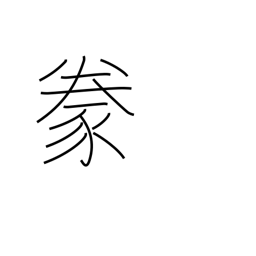
Meaning: raising domestic animals